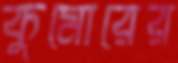
কুমোরের